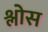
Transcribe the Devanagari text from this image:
श्लोस